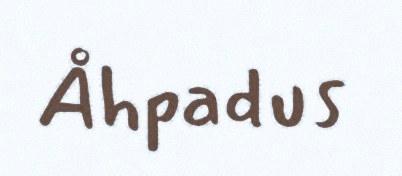
Åhpadus